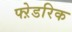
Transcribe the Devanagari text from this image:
फ्ऱेडरिक